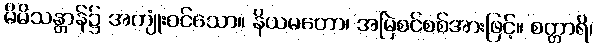
မိမိသန္တာန်၌ အကျုံးဝင်သော။ နိယမတော၊ အမြဲစင်စစ်အားဖြင့်။ စတ္တာရိ၊